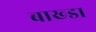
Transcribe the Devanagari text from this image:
बाख्डा